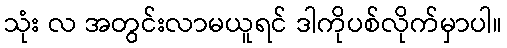
သုံး လ အတွင်းလာမယူရင် ဒါကိုပစ်လိုက်မှာပါ။